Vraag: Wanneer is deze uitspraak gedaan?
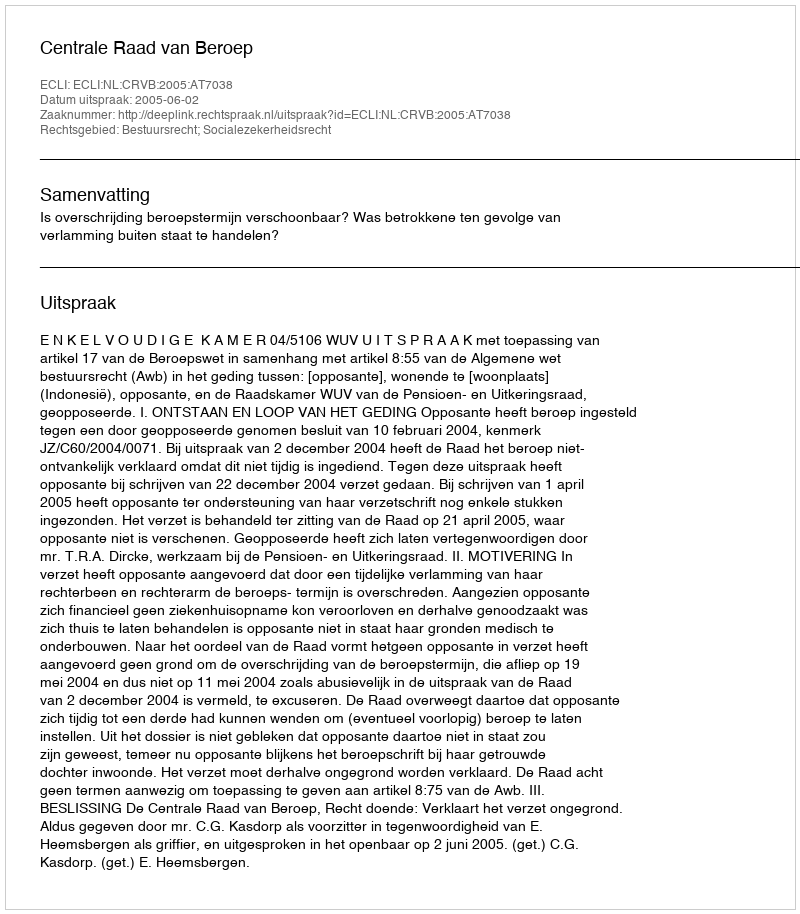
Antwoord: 2005-06-02